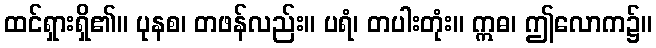
ထင်ရှားရှိ၏။ ပုနစ၊ တဖန်လည်း။ ပရံ၊ တပါးတုံး။ ဣဓ၊ ဤလောက၌။